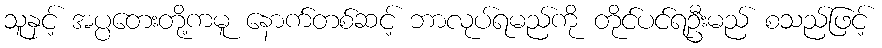
သူနှင့် အပ္ပတေးတို့ကမူ နောက်တစ်ဆင့် ဘာလုပ်ရမည်ကို တိုင်ပင်ရဦးမည် စသည်ဖြင့်